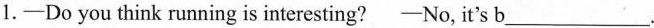
1.-Do you think running is interesting? -No, it's b ___.